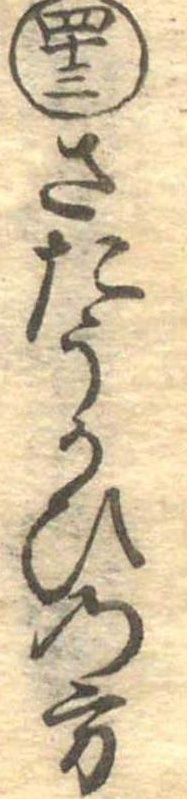
四十三さたうかひの方